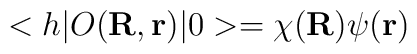
<h| O({\bf R},{\bf r}) |0>= \chi({\bf R}) \psi({\bf r})